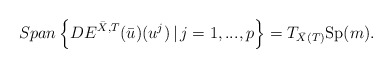
\begin{align*}Span \left\{DE^{\bar{X},T}(\bar{u})(u^j)\, \vert \, j=1,...,p \right\}=T_{\bar{X}(T)}\mbox{Sp}(m).\end{align*}